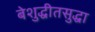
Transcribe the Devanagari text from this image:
बेशुद्धीतसुद्धा